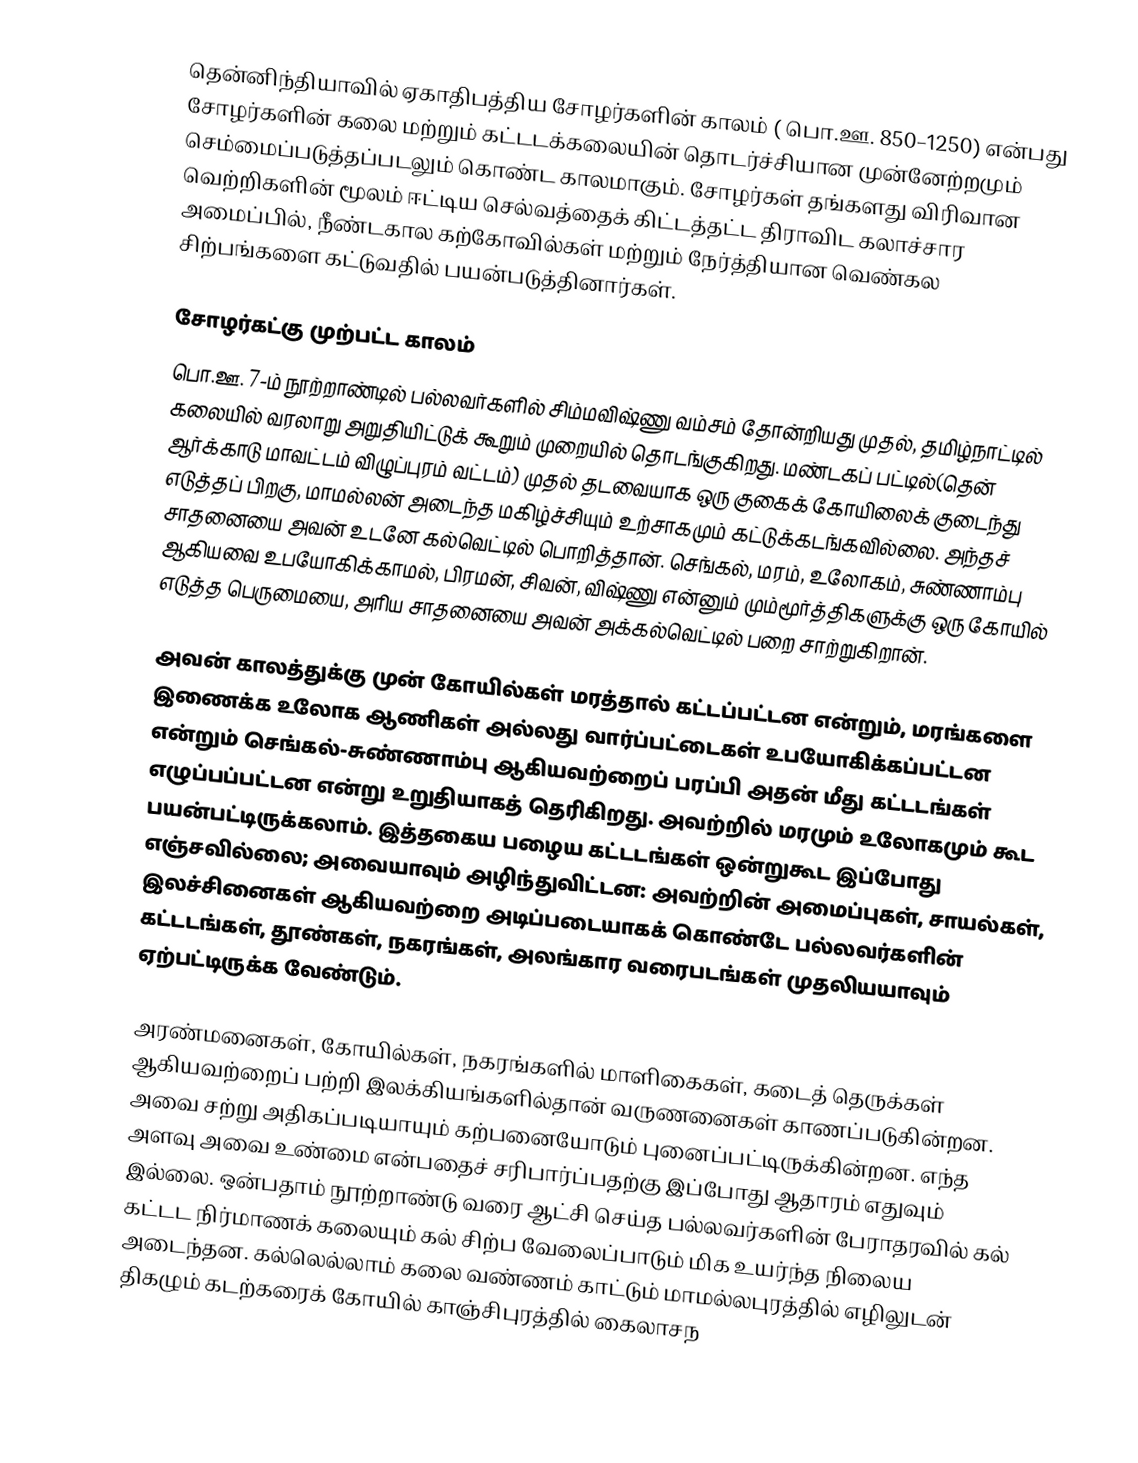
தென்னிந்தியாவில் ஏகாதிபத்திய சோழர்களின் காலம் ( பொ.ஊ. 850–1250) என்பது சோழர்களின் கலை மற்றும் கட்டடக்கலையின் தொடர்ச்சியான முன்னேற்றமும் செம்மைப்படுத்தப்படலும் கொண்ட காலமாகும். சோழர்கள் தங்களது விரிவான வெற்றிகளின் மூலம் ஈட்டிய செல்வத்தைக் கிட்டத்தட்ட திராவிட கலாச்சார அமைப்பில், நீண்டகால கற்கோவில்கள் மற்றும் நேர்த்தியான வெண்கல சிற்பங்களை கட்டுவதில் பயன்படுத்தினார்கள்.

சோழர்கட்கு முற்பட்ட காலம்
பொ.ஊ. 7-ம் நூற்றாண்டில் பல்லவர்களில் சிம்மவிஷ்ணு வம்சம் தோன்றியது முதல், தமிழ்நாட்டில் கலையில் வரலாறு அறுதியிட்டுக் கூறும் முறையில் தொடங்குகிறது. மண்டகப் பட்டில்(தென் ஆர்க்காடு மாவட்டம் விழுப்புரம் வட்டம்) முதல் தடவையாக ஒரு குகைக் கோயிலைக் குடைந்து எடுத்தப் பிறகு, மாமல்லன் அடைந்த மகிழ்ச்சியும் உற்சாகமும் கட்டுக்கடங்கவில்லை. அந்தச் சாதனையை அவன் உடனே கல்வெட்டில் பொறித்தான். செங்கல், மரம், உலோகம், சுண்ணாம்பு ஆகியவை உபயோகிக்காமல், பிரமன், சிவன், விஷ்ணு என்னும் மும்மூர்த்திகளுக்கு ஒரு கோயில் எடுத்த பெருமையை, அரிய சாதனையை அவன் அக்கல்வெட்டில் பறை சாற்றுகிறான்.

அவன் காலத்துக்கு முன் கோயில்கள் மரத்தால் கட்டப்பட்டன என்றும், மரங்களை இணைக்க உலோக ஆணிகள் அல்லது வார்ப்பட்டைகள் உபயோகிக்கப்பட்டன என்றும் செங்கல்-சுண்ணாம்பு ஆகியவற்றைப் பரப்பி அதன் மீது கட்டடங்கள் எழுப்பப்பட்டன என்று உறுதியாகத் தெரிகிறது. அவற்றில் மரமும் உலோகமும் கூட பயன்பட்டிருக்கலாம். இத்தகைய பழைய கட்டடங்கள் ஒன்றுகூட இப்போது எஞ்சவில்லை; அவையாவும் அழிந்துவிட்டன: அவற்றின் அமைப்புகள், சாயல்கள், இலச்சினைகள் ஆகியவற்றை அடிப்படையாகக் கொண்டே பல்லவர்களின் கட்டடங்கள், தூண்கள், நகரங்கள், அலங்கார வரைபடங்கள் முதலியயாவும் ஏற்பட்டிருக்க வேண்டும்.

அரண்மனைகள், கோயில்கள், நகரங்களில் மாளிகைகள், கடைத் தெருக்கள் ஆகியவற்றைப் பற்றி இலக்கியங்களில்தான் வருணனைகள் காணப்படுகின்றன. அவை சற்று அதிகப்படியாயும் கற்பனையோடும் புனைப்பட்டிருக்கின்றன. எந்த அளவு அவை உண்மை என்பதைச் சரிபார்ப்பதற்கு இப்போது ஆதாரம் எதுவும் இல்லை. ஒன்பதாம் நூற்றாண்டு வரை ஆட்சி செய்த பல்லவர்களின் பேராதரவில் கல் கட்டட நிர்மாணக் கலையும் கல் சிற்ப வேலைப்பாடும் மிக உயர்ந்த நிலைய அடைந்தன. கல்லெல்லாம் கலை வண்ணம் காட்டும் மாமல்லபுரத்தில் எழிலுடன் திகழும் கடற்கரைக் கோயில் காஞ்சிபுரத்தில் கைலாசந